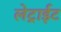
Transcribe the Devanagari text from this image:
लेट्राईट